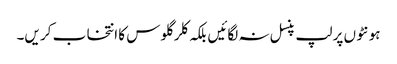
ہو نٹو ں پر لپ پنسل نہ لگائیں بلکہ کلر گلو س کا انتخا ب کر یں۔